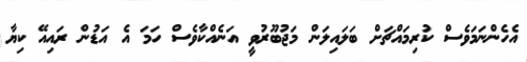
އެހެންނަމަވެސް ކުރިމައްޗަށް ބަލައިލަން މަޖުބޫރުވީ އަނެއްކާވެސް ހަމަ އެ އަޑުން ރައިއޭ ކިޔާ